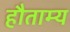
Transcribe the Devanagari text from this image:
हौताम्य